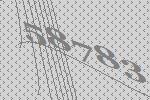
58783